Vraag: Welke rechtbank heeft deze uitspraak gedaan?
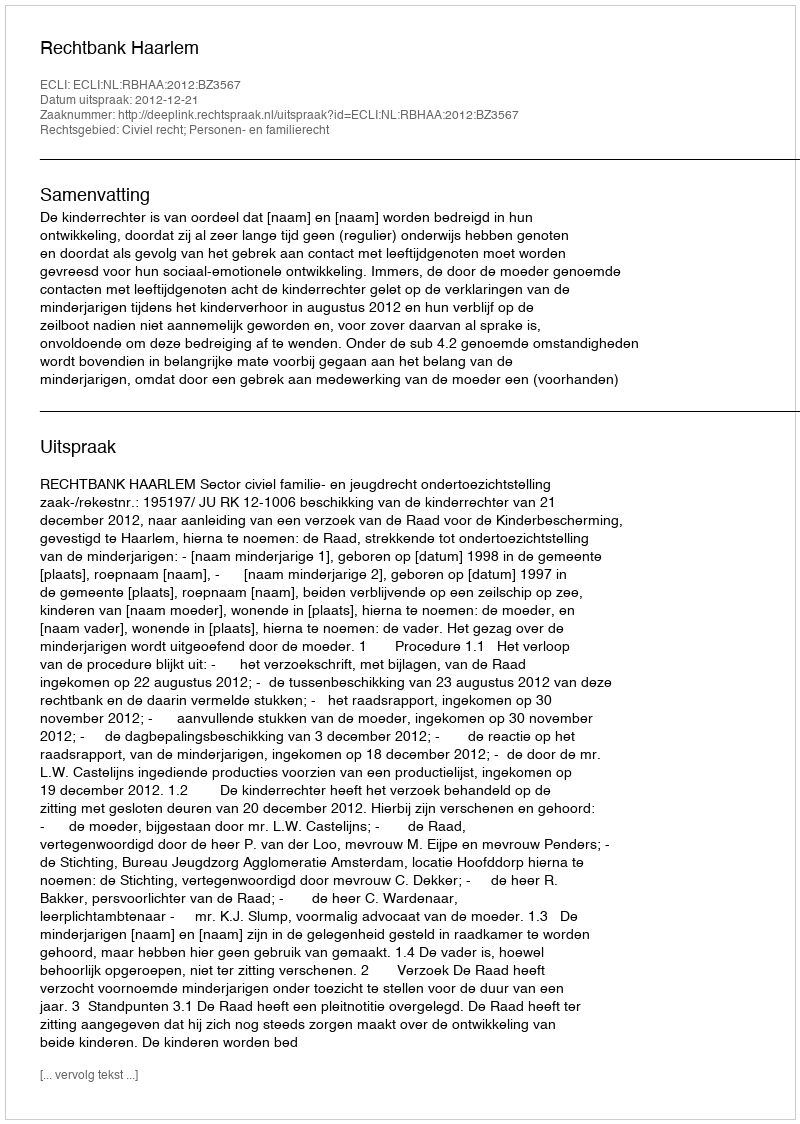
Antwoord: Rechtbank Haarlem